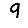
Digit: 9